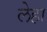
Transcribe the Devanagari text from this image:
लेहा